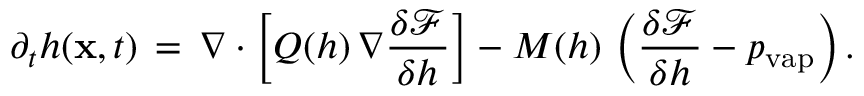
\partial _ { t } h ( \mathbf x , t ) \, = \, \nabla \cdot \left[ Q ( h ) \, \nabla \frac { \delta \mathcal { F } } { \delta h } \right] - M ( h ) \, \left( \frac { \delta \mathcal { F } } { \delta h } - p _ { \mathrm { v a p } } \right) .